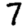
Digit: 7